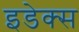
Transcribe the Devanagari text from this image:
इडेक्स